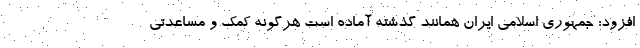
افزود: جمهوری اسلامی ایران همانند گذشته آماده است هرگونه کمک و مساعدتی